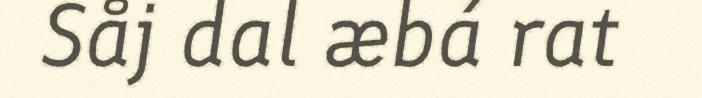
Såj dal æbá rat